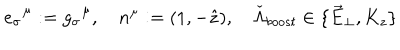
e _ { \sigma } ^ { \; \; \mu } : = g _ { \sigma } ^ { \; \; \mu } , \quad n ^ { \mu } : = ( 1 , - \hat { z } ) , \quad \check { \Lambda } _ { b o o s t } \in \{ \vec { E } _ { \perp } , K _ { z } \}